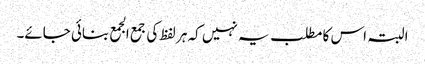
البتہ اس کا مطلب یہ نہیں کہ ہر لفظ کی جمع الجمع بنائی جائے۔